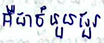
គឺជាចំនួនជួរ